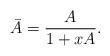
LaTeX: \begin{align*}\bar{A} = \frac{A}{1+xA}.\end{align*}